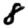
Digit: 8